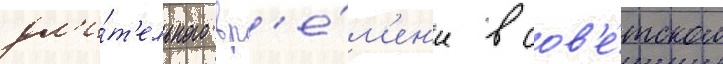
дл'и́т'ельного вр'е́м'ен'и в сов'е́тском